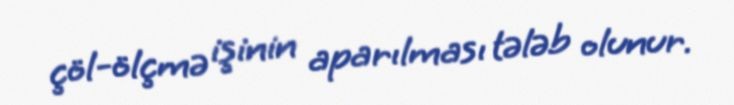
çöl-ölçmə işinin aparılması tələb olunur.